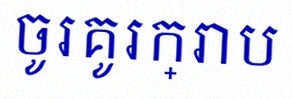
ចូរគូរក្រាប